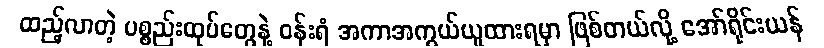
ထည့်လာတဲ့ ပစ္စည်းထုပ်တွေနဲ့ ဝန်းရံ အကာအကွယ်ယူထားရမှာ ဖြစ်တယ်လို့ အော်ရိုင်းယန်